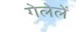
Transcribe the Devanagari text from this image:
गेलेलें